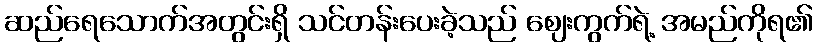
ဆည်ရေသောက်အတွင်းရှိ သင်တန်းပေးခဲ့သည် ဈေးကွက်ရဲ့ အမည်ကိုရ၏